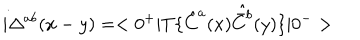
LaTeX: i \Delta ^ { a b } ( x - y ) = < 0 ^ { + } | T \{ \hat { C } ^ { a } ( x ) \hat { \bar { C } ^ { b } } ( y ) \} | 0 ^ { - } >